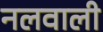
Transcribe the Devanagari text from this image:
नलवाली